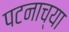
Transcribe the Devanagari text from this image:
पटनाच्या